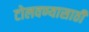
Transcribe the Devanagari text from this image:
टोलवण्यासाठी